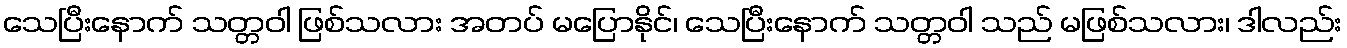
သေပြီးနောက် သတ္တဝါ ဖြစ်သလား အတပ် မပြောနိုင်၊ သေပြီးနောက် သတ္တဝါ သည် မဖြစ်သလား၊ ဒါလည်း